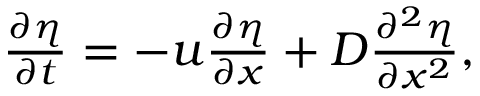
\begin{array} { r } { \frac { \partial \eta } { \partial t } = - u \frac { \partial \eta } { \partial x } + D \frac { \partial ^ { 2 } \eta } { \partial x ^ { 2 } } , } \end{array}